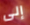
إلى